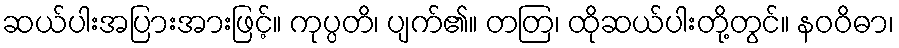
ဆယ်ပါးအပြားအားဖြင့်။ ကုပ္ပတိ၊ ပျက်၏။ တတြ၊ ထိုဆယ်ပါးတို့တွင်။ နဝဝိဓာ၊